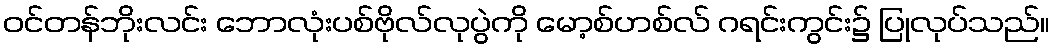
ဝင်တန်ဘိုးလင်း ဘောလုံးပစ်ဗိုလ်လုပွဲကို မော့စ်ဟစ်လ် ဂရင်းကွင်း၌ ပြုလုပ်သည်။